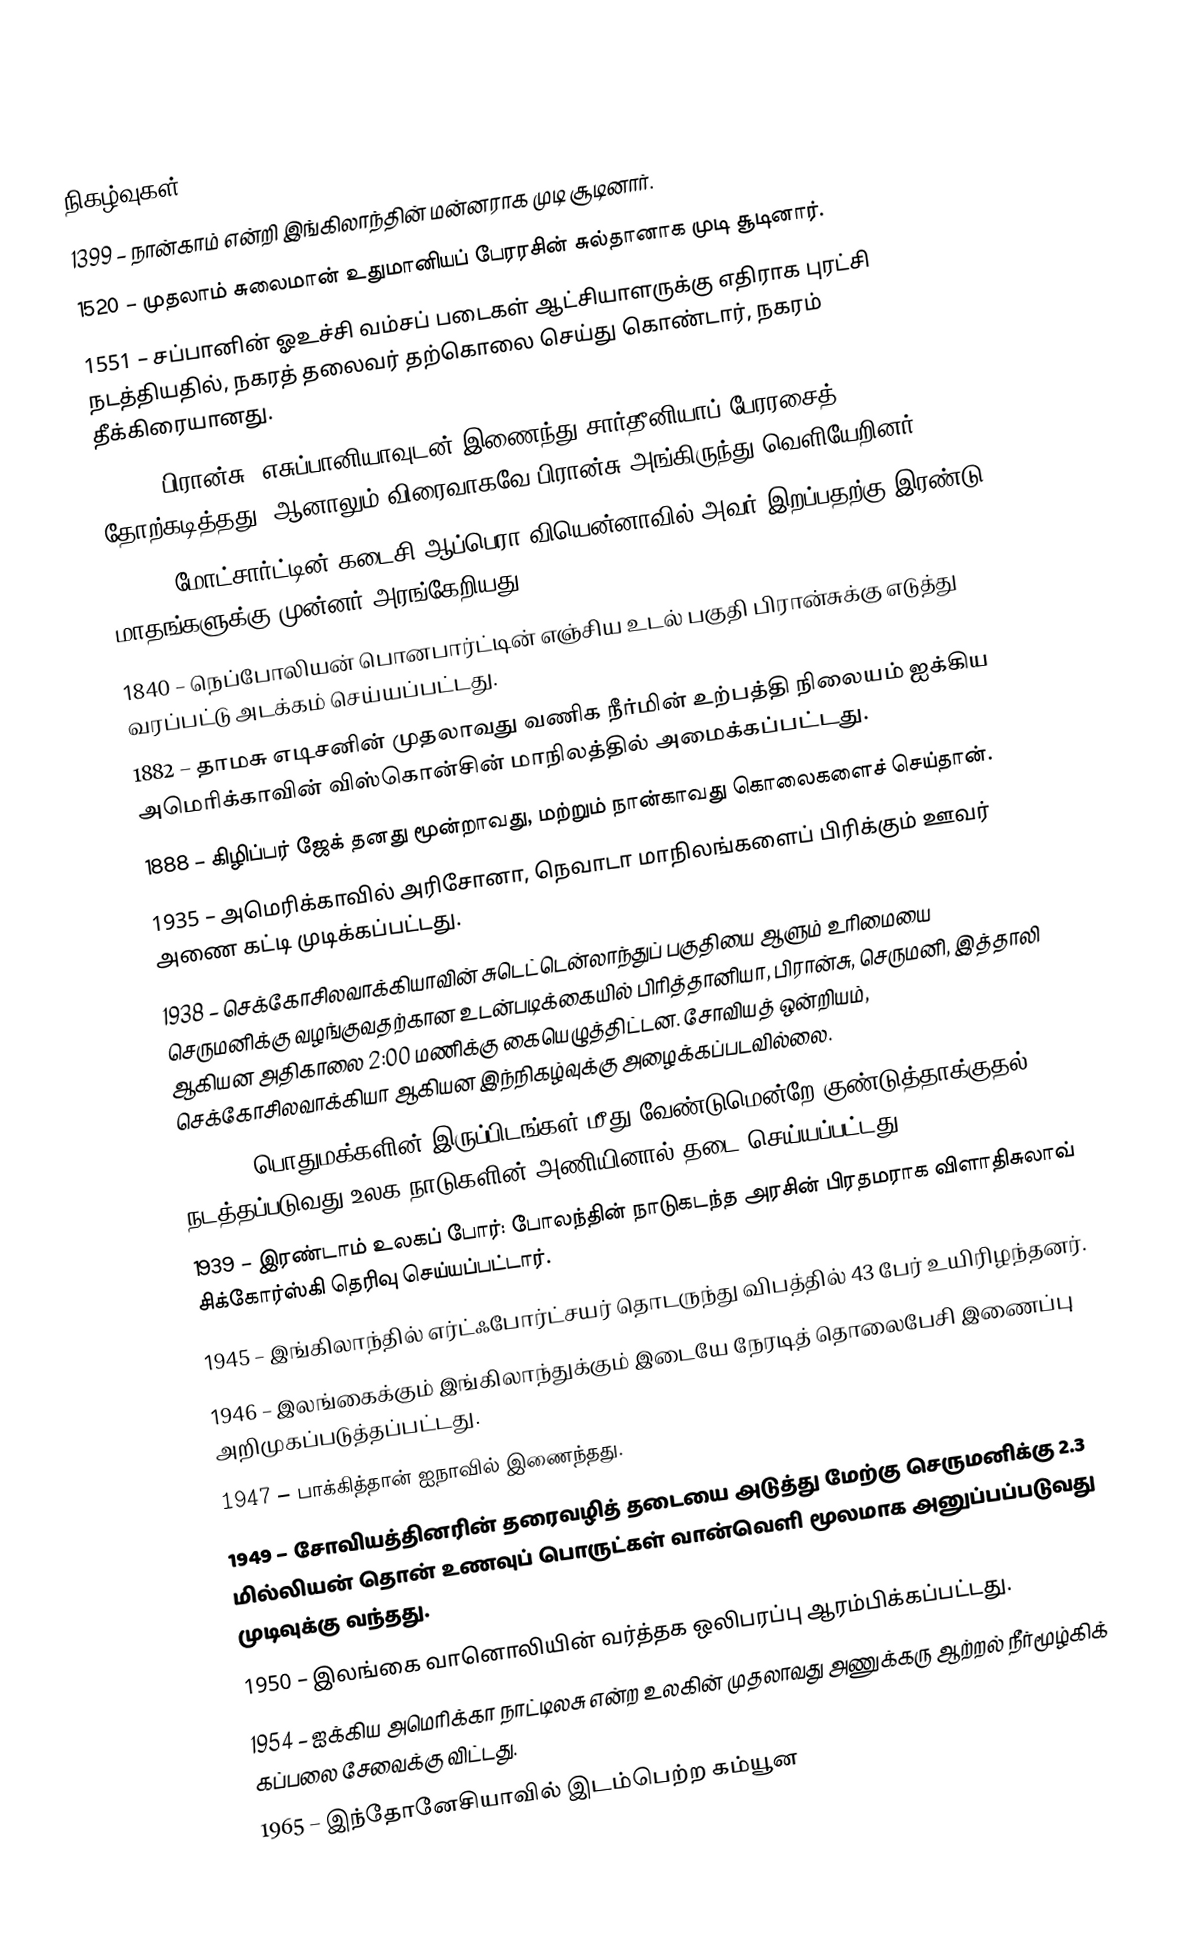

நிகழ்வுகள்
1399 – நான்காம் என்றி இங்கிலாந்தின் மன்னராக முடி சூடினார்.
1520 – முதலாம் சுலைமான் உதுமானியப் பேரரசின் சுல்தானாக முடி சூடினார்.
1551 – சப்பானின் ஓஉச்சி வம்சப் படைகள் ஆட்சியாளருக்கு எதிராக புரட்சி நடத்தியதில், நகரத் தலைவர் தற்கொலை செய்து கொண்டார், நகரம் தீக்கிரையானது.
1744 – பிரான்சு, எசுப்பானியாவுடன் இணைந்து சார்தீனியாப் பேரரசைத் தோற்கடித்தது. ஆனாலும் விரைவாகவே பிரான்சு அங்கிருந்து வெளியேறினர்.
1791 – மோட்சார்ட்டின் கடைசி ஆப்பெரா வியென்னாவில் அவர் இறப்பதற்கு இரண்டு மாதங்களுக்கு முன்னர் அரங்கேறியது.
1840 – நெப்போலியன் பொனபார்ட்டின் எஞ்சிய உடல் பகுதி பிரான்சுக்கு எடுத்து வரப்பட்டு அடக்கம் செய்யப்பட்டது.
1882 – தாமசு எடிசனின் முதலாவது வணிக நீர்மின் உற்பத்தி நிலையம் ஐக்கிய அமெரிக்காவின் விஸ்கொன்சின் மாநிலத்தில் அமைக்கப்பட்டது.
1888 – கிழிப்பர் ஜேக் தனது மூன்றாவது, மற்றும் நான்காவது கொலைகளைச் செய்தான்.
1935 – அமெரிக்காவில் அரிசோனா, நெவாடா மாநிலங்களைப் பிரிக்கும் ஊவர் அணை கட்டி முடிக்கப்பட்டது.
1938 – செக்கோசிலவாக்கியாவின் சுடெட்டென்லாந்துப் பகுதியை ஆளும் உரிமையை செருமனிக்கு வழங்குவதற்கான உடன்படிக்கையில் பிரித்தானியா, பிரான்சு, செருமனி, இத்தாலி ஆகியன அதிகாலை 2:00 மணிக்கு கையெழுத்திட்டன. சோவியத் ஒன்றியம், செக்கோசிலவாக்கியா ஆகியன இந்நிகழ்வுக்கு அழைக்கப்படவில்லை.
1938 – "பொதுமக்களின் இருப்பிடங்கள் மீது வேண்டுமென்றே குண்டுத்தாக்குதல்" நடத்தப்படுவது உலக நாடுகளின் அணியினால் தடை செய்யப்பட்டது.
1939 – இரண்டாம் உலகப் போர்: போலந்தின் நாடுகடந்த அரசின் பிரதமராக விளாதிசுலாவ் சிக்கோர்ஸ்கி தெரிவு செய்யப்பட்டார்.
1945 – இங்கிலாந்தில் எர்ட்ஃபோர்ட்சயர் தொடருந்து விபத்தில் 43 பேர் உயிரிழந்தனர்.
1946 – இலங்கைக்கும் இங்கிலாந்துக்கும் இடையே நேரடித் தொலைபேசி இணைப்பு அறிமுகப்படுத்தப்பட்டது.
1947 – பாக்கித்தான் ஐநாவில் இணைந்தது.
1949 – சோவியத்தினரின் தரைவழித் தடையை அடுத்து மேற்கு செருமனிக்கு 2.3 மில்லியன் தொன் உணவுப் பொருட்கள் வான்வெளி மூலமாக அனுப்பப்படுவது முடிவுக்கு வந்தது.
1950 – இலங்கை வானொலியின் வர்த்தக ஒலிபரப்பு ஆரம்பிக்கப்பட்டது.
1954 – ஐக்கிய அமெரிக்கா நாட்டிலசு என்ற உலகின் முதலாவது அணுக்கரு ஆற்றல் நீர்மூழ்கிக் கப்பலை சேவைக்கு விட்டது.
1965 – இந்தோனேசியாவில் இடம்பெற்ற கம்யூன